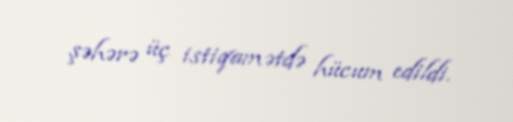
şəhərə üç istiqamətdə hücum edildi.